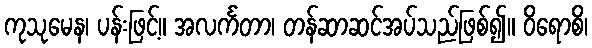
ကုသုမေန၊ ပန်းဖြင့်။ အလင်္ကတာ၊ တန်ဆာဆင်အပ်သည်ဖြစ်၍။ ဝိရောစိ၊